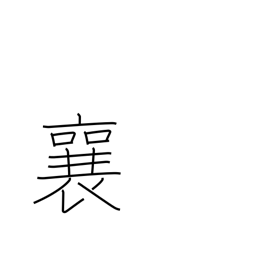
Meaning: rise